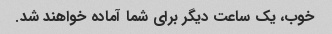
خوب، یک ساعت دیگر برای شما آماده خواهند شد.